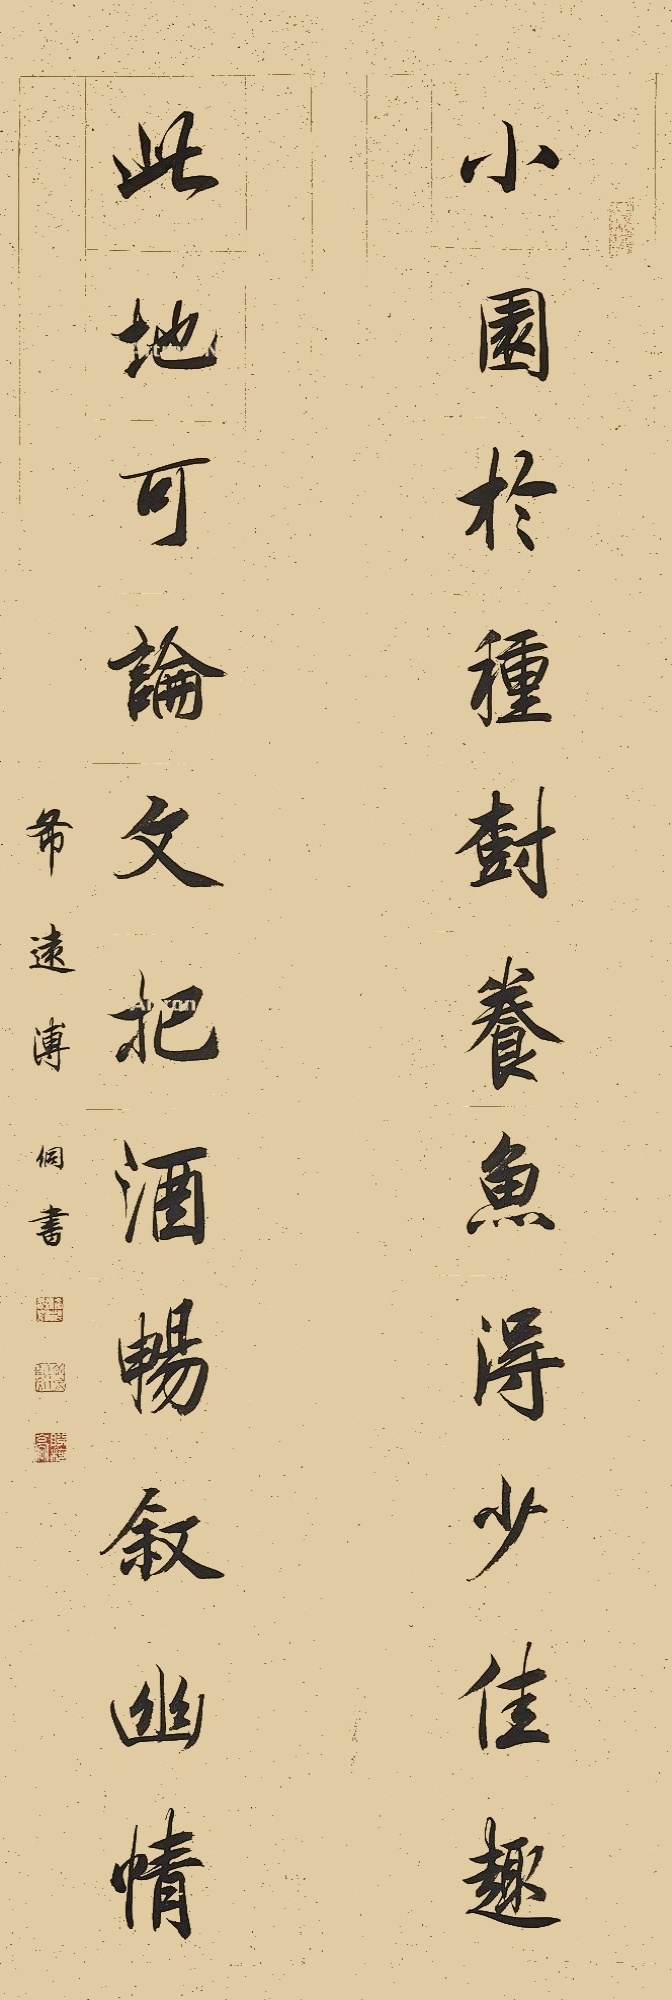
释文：小园于种树养鱼，得少佳趣；此地可论文把酒，畅叙幽情。希远溥侗书。